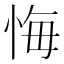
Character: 悔